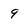
Character: 9